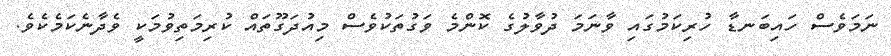
ނަމަވެސް ހައިބަނޑާ ހުރިކަމުގައި ވާނަމަ ދުވާލުގެ ކޮންމެ ވަގުތަކުވެސް މިއުދަގޫތައް ކުރިމަތިވުމަކީ ވެދާނެކަމެކެވެ.